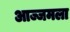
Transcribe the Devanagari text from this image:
आज्जमला